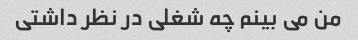
من می بینم چه شغلی در نظر داشتی